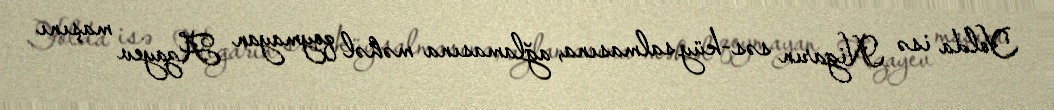
Yolda isə Nigarın səs-küy salmasına, ağlamasına məhəl qoymayan Azayev maşını